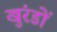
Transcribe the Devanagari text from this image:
खुंरडों